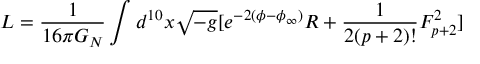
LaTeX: L = { \frac { 1 } { 1 6 \pi G _ { N } } } \int d ^ { 1 0 } x \sqrt { - g } [ e ^ { - 2 ( \phi - \phi _ { \infty } ) } R + { \frac { 1 } { 2 ( p + 2 ) ! } } F _ { p + 2 } ^ { 2 } ]